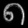
Digit: ၈